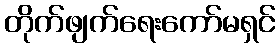
တိုက်ဖျက်ရေးကော်မရှင်